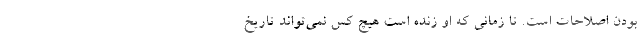
بودن اصلاحات است. تا زمانی که او زنده است هیچ کس نمی‌تواند تاریخ